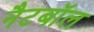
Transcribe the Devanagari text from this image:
नैटबॉल